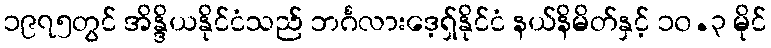
၁၉၇၅တွင် အိန္ဒိယနိုင်ငံသည် ဘင်္ဂလားဒေ့ရှ်နိုင်ငံ နယ်နိမိတ်နှင့် ၁၀.၃ မိုင်